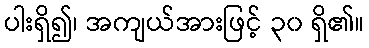
ပါးရှိ၍၊ အကျယ်အားဖြင့် ၃၀ ရှိ၏။